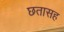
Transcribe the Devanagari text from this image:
छतासह